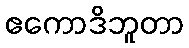
ဧကောဒိဘူတာ